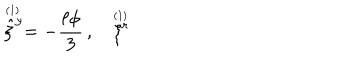
\stackrel { \scriptscriptstyle ( 1 ) \, } { \hat { \xi } ^ { y } } = - { \frac { \ell \phi } { 3 } } \, , \quad \stackrel { \scriptscriptstyle ( 1 ) \, } { \xi ^ { r } }